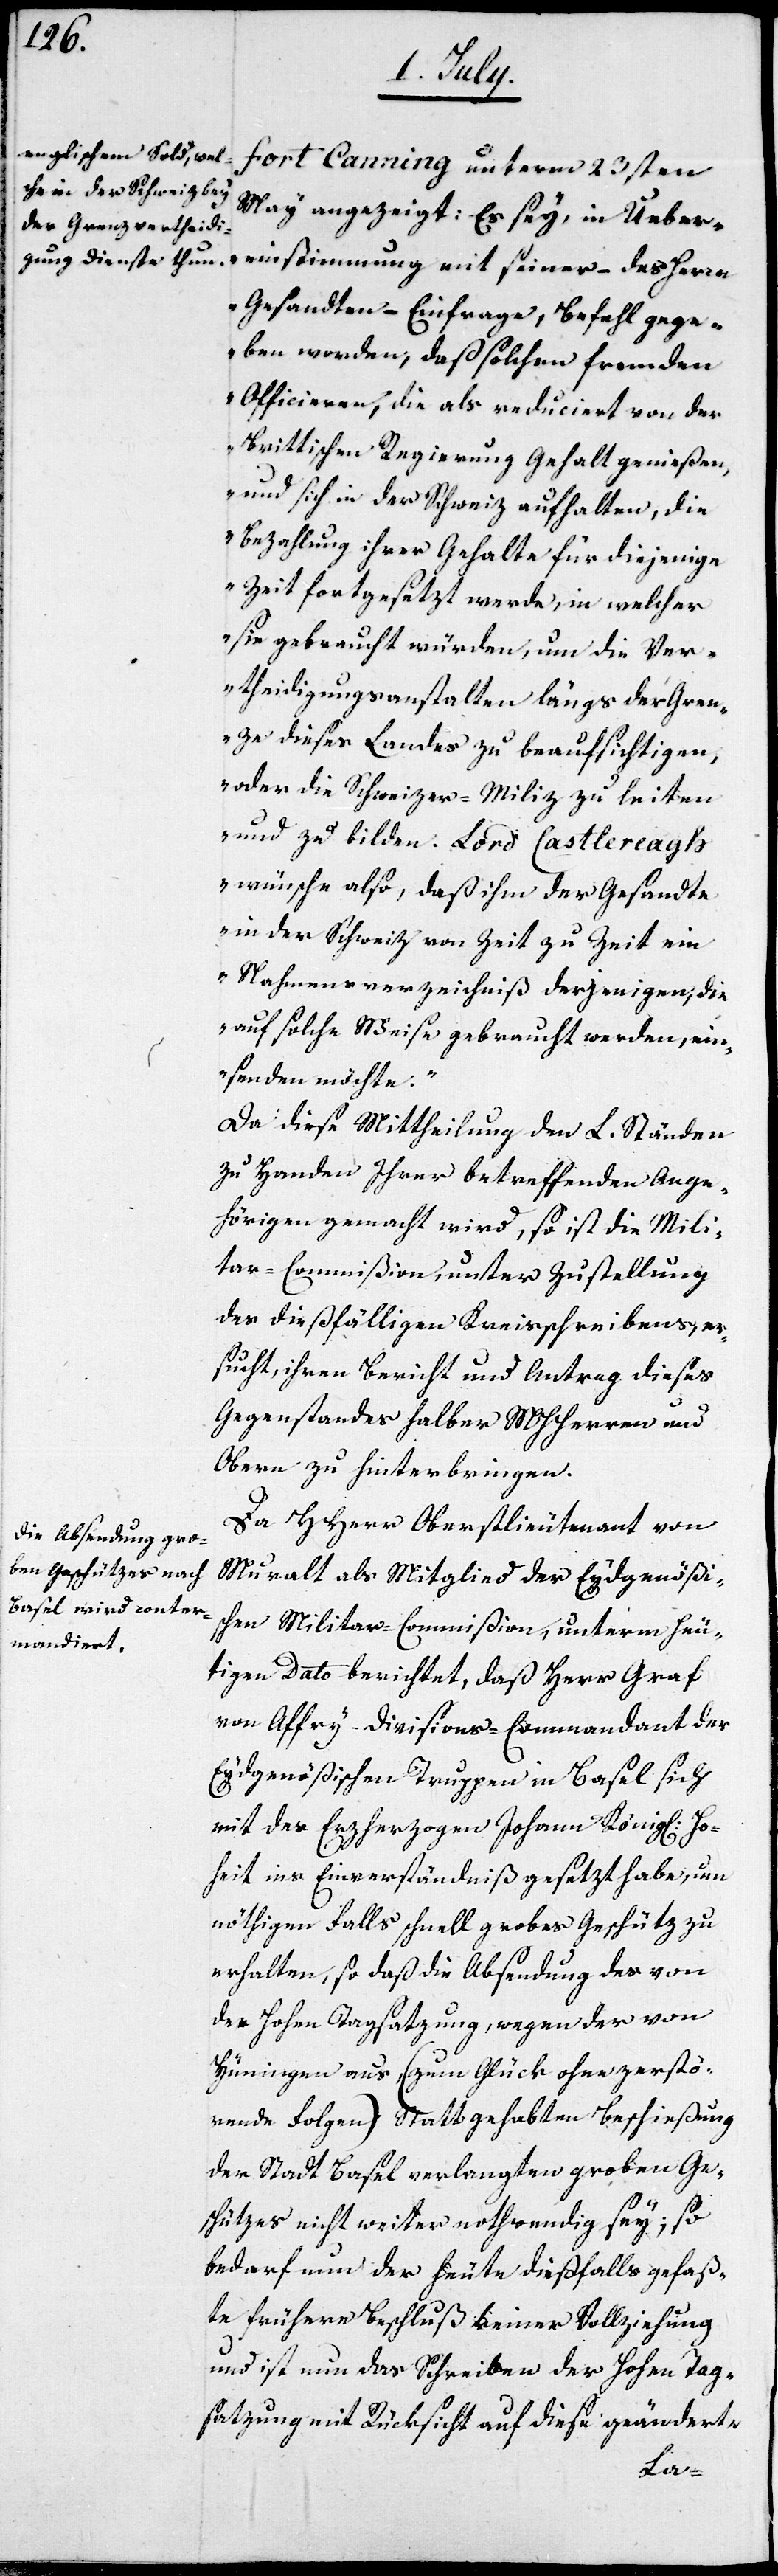
fort Canning unterm 23sten
May angezeigt: „Es sey, in Ueber¬
Gesandten – Einfrage, Befehl gege¬
ben worden, daß solchen fremden
Officieren, die als reduciert von der
Brittischen Regierung Gehalt genießen,
und sich in der Schweiz aufhalten, die
Bezahlung ihrer Gehalte für diejenige
Zeit fortgesetzt werde, in welcher
sie gebraucht würden, um die Ver¬
theidigungsanstalten längs der Gren¬
ze dieses Landes zu beaufsichtigen,
oder die Schweizer-Miliz zu leiten
und zu bilden. Lord Castlereagh
wünsche also, daß ihm der Gesandte
in der Schweiz von Zeit zu Zeit ein
Nahmensverzeichniß derjenigen, die
auf solche Weise gebraucht werden, ein¬
senden möchte.“
Da diese Mittheilung den L. Ständen
zu Handen Ihrer betreffenden Ange¬
hörigen gemacht wird, so ist die Mili¬
tar-Commißion, unter Zustellung
des dießfälligen Kreisschreibens, er¬
sucht, ihren Bericht und Antrag dieses
Gegenstandes halber MHHerren und
Obern zu hinterbringen.
Da HHerr Oberstlieutenant von
Muralt als Mitglied der Eydgenößi¬
schen Militar-Commißion, unterm heu¬
tigen Dato berichtet, daß Herr Graf
von Affry – Divisions-Commandant der
Eydgenößischen Truppen in Basel sich
mit des Erzherzogen Johann König[liche]
heit ins Einverständniß gesetzt habe, um
nöthigen Falls schnell grobes Geschütz zu
erhalten, so daß die Absendung des von
der Hohen Tagsatzung, wegen der von
Hüningen aus (zum Glück ohne zerstö¬
rende Folgen) Statt gehabten Beschießung
der Stadt Basel verlangten groben Ge¬
schützes nicht weiter nothwendig sey; so
bedarf nun der heute dießfalls gefaß¬
te frühere Beschluß keiner Vollziehung
und ist nun das Schreiben der Hohen Tag¬
satzung mit Rücksicht auf diese geänderte
Ho¬